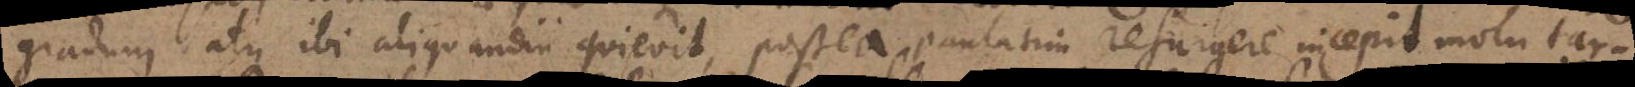
gradum atque ibi aliquandiu quievit, postea paulatim resurgere incepit motu tar-